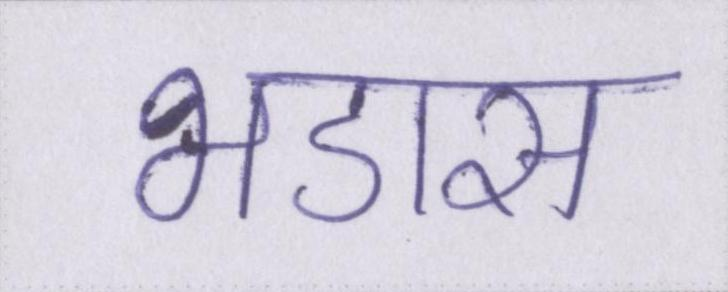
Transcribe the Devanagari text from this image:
भडास